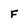
Character: F